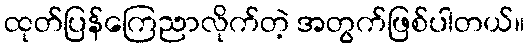
ထုတ်ပြန်ကြေညာလိုက်တဲ့ အတွက်ဖြစ်ပါတယ်။